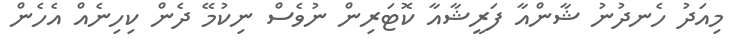
މިއަދު ހެނދުނު ޝާންއާ ފަރީޝާއާ ކޮޓަރިން ނުވެސް ނިކުމޭ ދެން ކިހިނެއް އެހެން